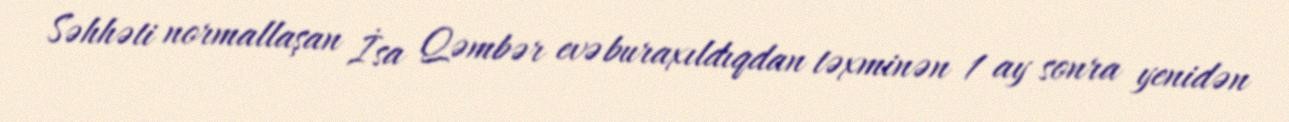
Səhhəti normallaşan İsa Qəmbər evə buraxıldıqdan təxminən 1 ay sonra yenidən